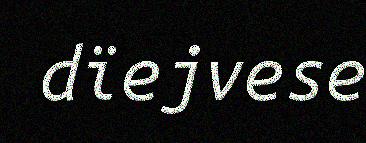
dïejvese